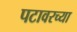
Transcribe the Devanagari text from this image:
पटावरच्या